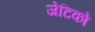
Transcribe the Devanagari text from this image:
जेटिको